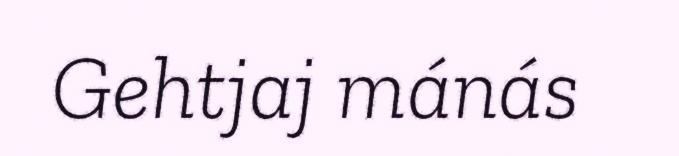
Gehtjaj mánás